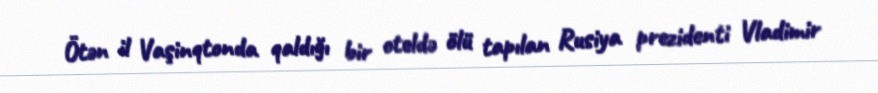
Ötən il Vaşinqtonda qaldığı bir oteldə ölü tapılan Rusiya prezidenti Vladimir